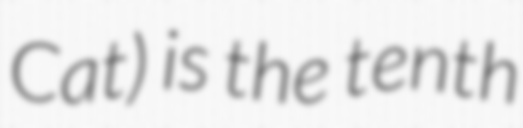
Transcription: Cat) is the tenth